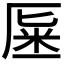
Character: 𠩽